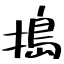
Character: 搗